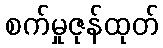
စက်မှုဇုန်ထုတ်